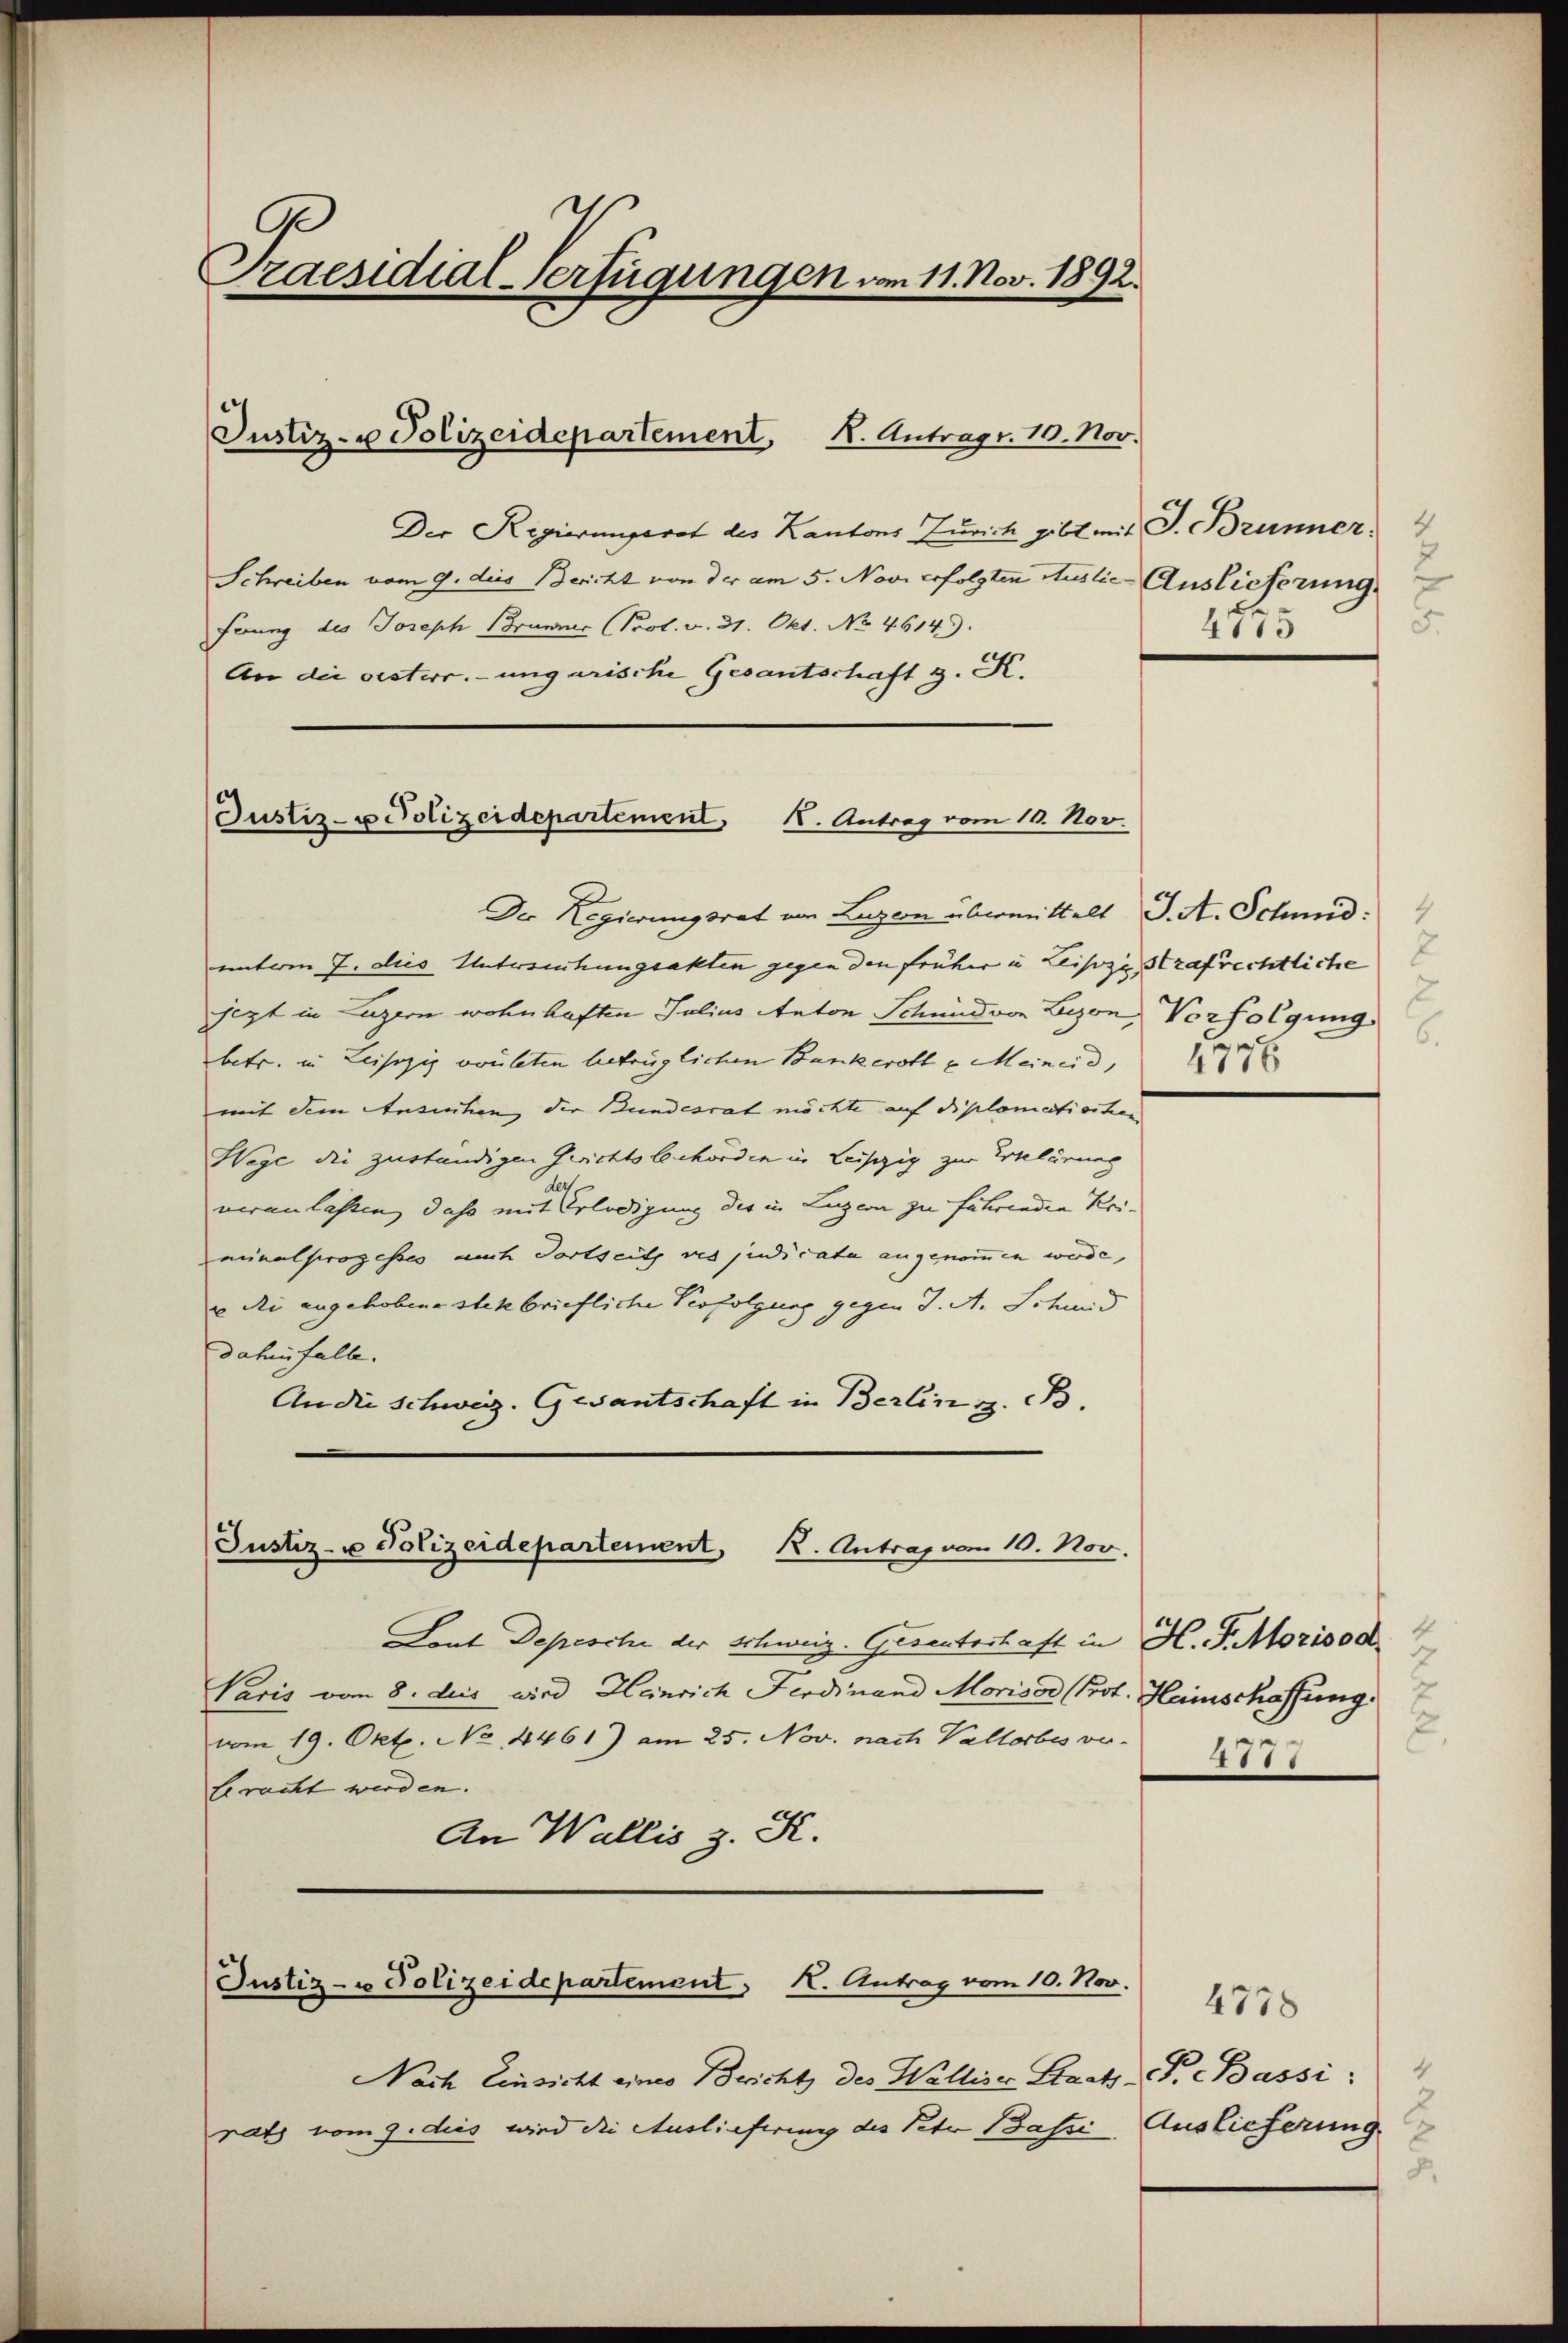
Praesidial-Verfügungen vom 11. Nov. 1892.

Der Regierungsrat von Luzern übermittelt J. A. Schmid:
unterm 7. dies Untersehungsakten gegen den früher u Leipzi, Strafrechtliche
jezt in Luzern wohnhaften Julius Anton Schmid von Lyon, Vorfolgung
betr. in Leiszig vorleten betrüglichen Bankerott u Meineid,
mit dem Ansichen, der Bundesrat möchte auf diplomatierten
Wege die zuständigen Gerichtsbehörden in Leipzig zur Eelirung
der
veranlassen, das mit Erledigung des in Luzern zu führendie Uriminalprozesses auch dortseit ves judicata angenommen werde,
 di angehobene steckbriefliche Verfolgung gegen J. A. Schmid
dahinfalle.
An die Schweiz. Gesantschaft in Berlin z. B.

Der Regierungsrat des Kantons Zürich gibt mit J. Brunner
Schreiben vom 9. dies Bericht von der am 5. Novi erfolgten Auslie Auslieferung.
Ferung des Joseph Brunner (Prol. v. 31. Okt. No. 4614).
An die oesterr.-ungarische Gesantschaft z. K.

Justiz- u Polizeidepartement K. Antrags. 10. Nov.

Justiz- u Polizeidepartement, 1. Antrag vom 10. Nov.

Justiz- u Polizeidepartement, K. Antrag vom 10. Nov.

Justiz- u Polizeidepartement, K. Antrag vom 10. Nov.

Nach Einsicht eines Bericht des Walliser Staat P. Bassi
rats vom 9. dies wird die Auslieferung des Peter Basse Auslieferung

i
4775

2
1776

Lont Depeschi der Schweiz. Gesentschaft in H. J. Morisod
Paris vom 8. des wird Heinrich Ferdinand Morisar (Prot. Heinschaffung
vom 19. Okt. No 4461) am 25. Nov. nach Vallorbes vor-
leracht werden.
An Wallis z. K.

.
7
1111

4778
8.